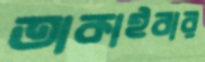
তাকাইবার